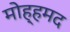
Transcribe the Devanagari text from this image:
मोह्हमद